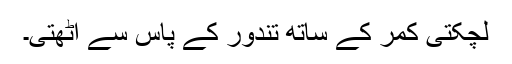
لچکتی کمر کے ساتھ تندور کے پاس سے اُٹھتی۔